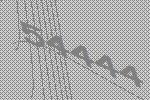
54444